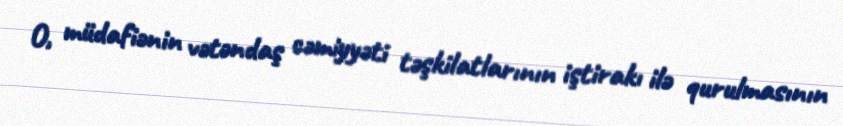
O, müdafiənin vətəndaş cəmiyyəti təşkilatlarının iştirakı ilə qurulmasının